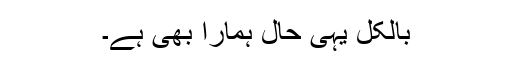
بالکل یہی حال ہمارا بھی ہے۔